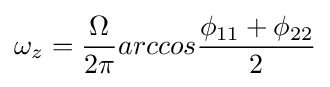
\omega _{z}={\frac {\Omega }{2\pi }}arccos{\frac {\phi _{11}+\phi _{22}}{2}}